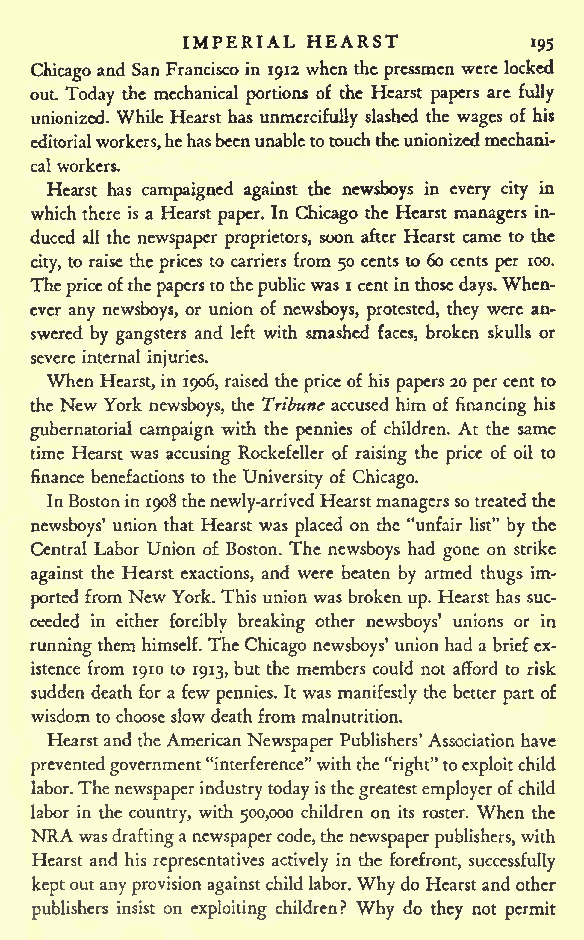
IMPERIAL HEARST
 195
 Chicago and SanFrancisco in 1912 when the pressmen were locked
 out. Today the mechanical portions of the Hearst papers are fully
 unionized. While Hearst has unmercifully slashed the wages of his
 editorialworkers,hehasbeenunabletotouchtheunionizedmechani-
 cal workers.
 Hearst has campaigned against the newsboys in every city in
 whichthere is a Hearst paper. In Chicago the Hearst managers in-
 duced all the newspaper proprietors, soon after Hearst came to the
 city, to raise the prices to carriers from 50 cents to 60 cents per 100.
 The priceofthepaperstothepublicwas i centinthosedays.When-
 ever any newsboys, or union of newsboys, protested, they were an-
 swered by gangsters and left with smashed faces, broken skulls or
 severe internal injuries.
 When Hearst, in 1906, raised the price of his papers 20 per cent to
 the New York newsboys, the Tribuneaccused him of financing his
 gubernatorial campaign with the pennies of children. At the same
 time Hearst was accusing Rockefeller of raising the price of oil to
 finance benefactions to the University of Chicago.
 InBostonin 1908thenewly-arrivedHearstmanagerssotreatedthe
 newsboys' union that Hearst was placed on the "unfair list" by the
 Central Labor Union of Boston. The newsboys had gone on strike
 against the Hearst exactions, and were beaten by armed thugs im-
 ported from NewYork. This union was broken up. Hearst has suc-
 ceeded in either forcibly breaking other newsboys' unions or in
 runningthem himself. The Chicago newsboys' union had a briefex-
 istence from 1910 to 1913, but the members could not afford to risk
 sudden death for a few pennies. It was manifestly the better part of
 wisdom to chooseslowdeath from malnutrition.
 Hearstand theAmericanNewspaper Publishers' Association have
 preventedgovernment"interference"withthe"right"toexploitchild
 labor.The newspaperindustrytodayisthegreatestemployerofchild
 labor in the country, with 500,000 children on its roster. When the
 NRA
 was draftinganewspapercode,thenewspaperpublishers,with
 Hearst and his representatives actively in the forefront, successfully
 keptoutanyprovisionagainstchild labor.Whydo Hearstand other
 publishers insist on exploiting children? Why do they not permit